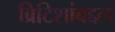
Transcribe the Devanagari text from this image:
ब्रिटिशांबद्दल